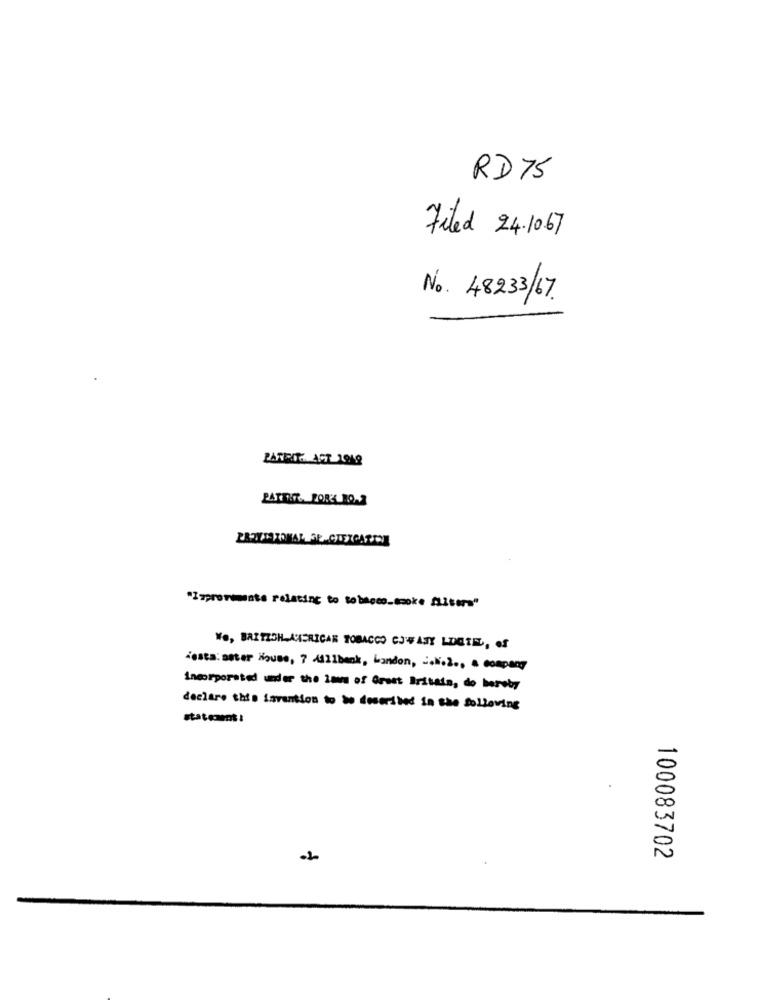
RD75
Filed 24.1067
No. 48233/67.
PARENT ACT 1949
"Improvements relating to tobacco.smoke ALitors"
WO, BRITISH AMERICAN TOBACCO CJWASY LDGTE, of
"esta: Bater House, 7 411bank, bandon, C.N.2 ., a company
Incorporated undor the imm of Great Britain, do bareby
declare this invention to do described in the following
100083702